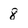
Character: 8